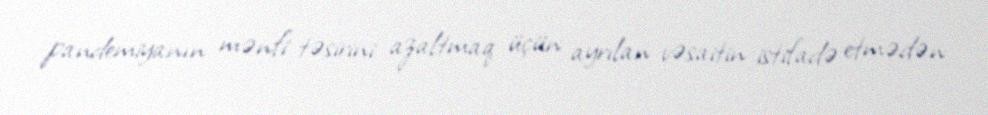
pandemiyanın mənfi təsirini azaltmaq üçün ayrılan vəsaitin istifadə etmədən